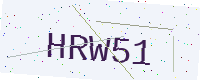
Text: HRW51